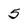
Character: 5